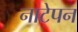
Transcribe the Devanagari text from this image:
नाटेपन